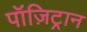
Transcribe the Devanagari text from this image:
पॉज़िट्रान